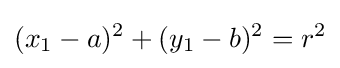
(x_{1}-a)^{2}+(y_{1}-b)^{2}=r^{2}